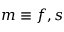
m \equiv f , s